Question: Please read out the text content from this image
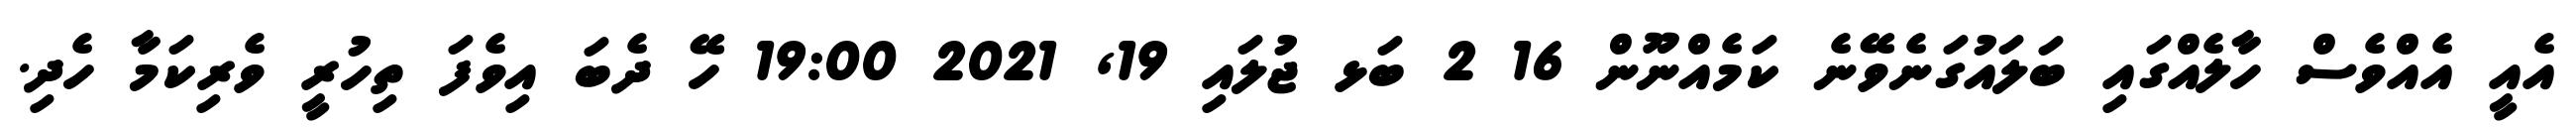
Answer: އެއީ އެއްވެސް ހާލެއްގައި ބަލައުގަނެވޭނެ ކަމެއްނޫން 16 2 ބަޅ ޖުލައި 19, 2021 19:00 ހޭ ދެބަ އިވެފަ ތިހުރީ ވެރިކަމާ ހެދި.